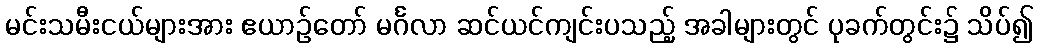
မင်းသမီးငယ်များအား ဧယာဉ်တော် မင်္ဂလာ ဆင်ယင်ကျင်းပသည့် အခါများတွင် ပုခက်တွင်း၌ သိပ်၍